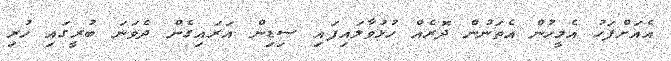
އެއަށްފަހު އެމީހުން އެތަނުން ދޮރެއް ހުޅުވާލައިފައި ސިޑިން އަރައިގެން ދެވަނަ ބުރީގައި ހުރި